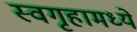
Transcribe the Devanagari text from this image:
स्वगृहामध्ये